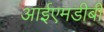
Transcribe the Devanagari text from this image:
आईएमडीबी